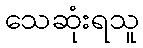
သေဆုံးရသူ